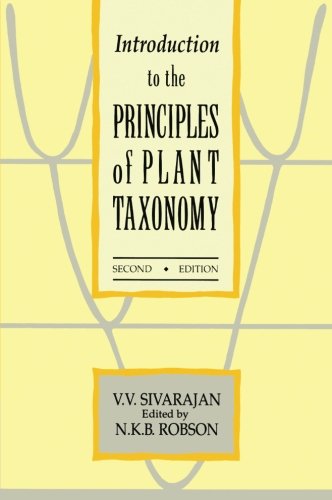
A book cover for Introduction to the Principles of Plant Taxonomy; V. V. Sivarajan; Science & Math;